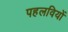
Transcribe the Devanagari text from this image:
पहलवियों